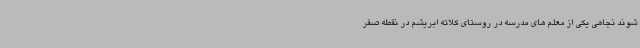
شوند نجاهی یکی از معلم های مدرسه در روستای کلاته ابریشم در نقطه صفر